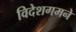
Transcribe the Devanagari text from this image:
विदेशगमने